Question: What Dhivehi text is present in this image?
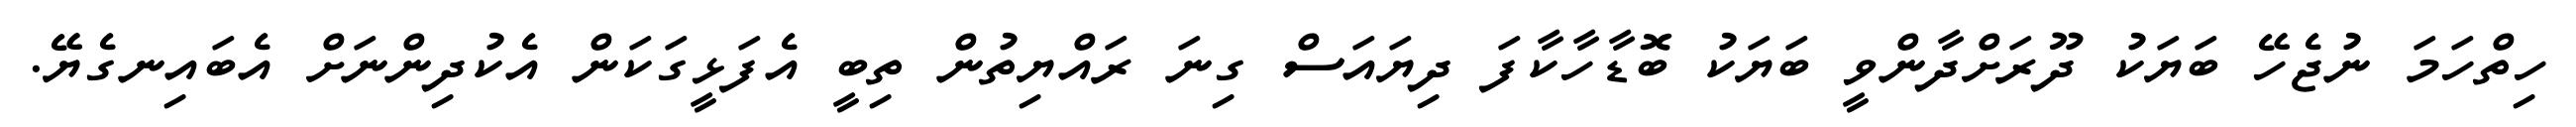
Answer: ހިތްހަމަ ނުޖެހޭ ބަޔަކު ދޫރަށްދާންވީ ބަޔަކު ބޮޑާހާކާފަ ދިޔައަސް ގިނަ ރައްޔިތުން ތިބީ އެފަޅީގަކަން އެކުދިންނަށް އެބައިނގެޔޭ.